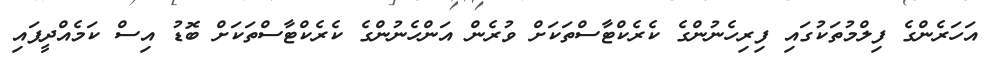
އަހަރެންގެ ފިލްމުތަކުގައި ފިރިހެނުންގެ ކެރެކްޓާސްތަކަށް ވުރެން އަންހެނުންގެ ކެރެކްޓާސްތަކަށް ބޮޑު އިސް ކަމެއްދީފައި